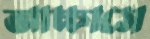
আচ্চাসে